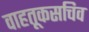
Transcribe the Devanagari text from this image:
वाहतूकसचिव